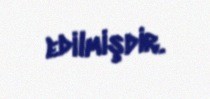
edilmişdir.